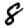
Digit: 8